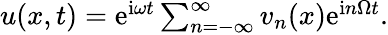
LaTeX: \begin{array}{r}{u(x,t)=\mathrm{e}^{\mathrm{i}\omega t}\sum_{n=-\infty}^{\infty}v_{n}(x)\mathrm{e}^{\mathrm{i}n\Omega t}.}\end{array}